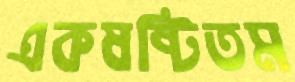
একষষ্টিতম